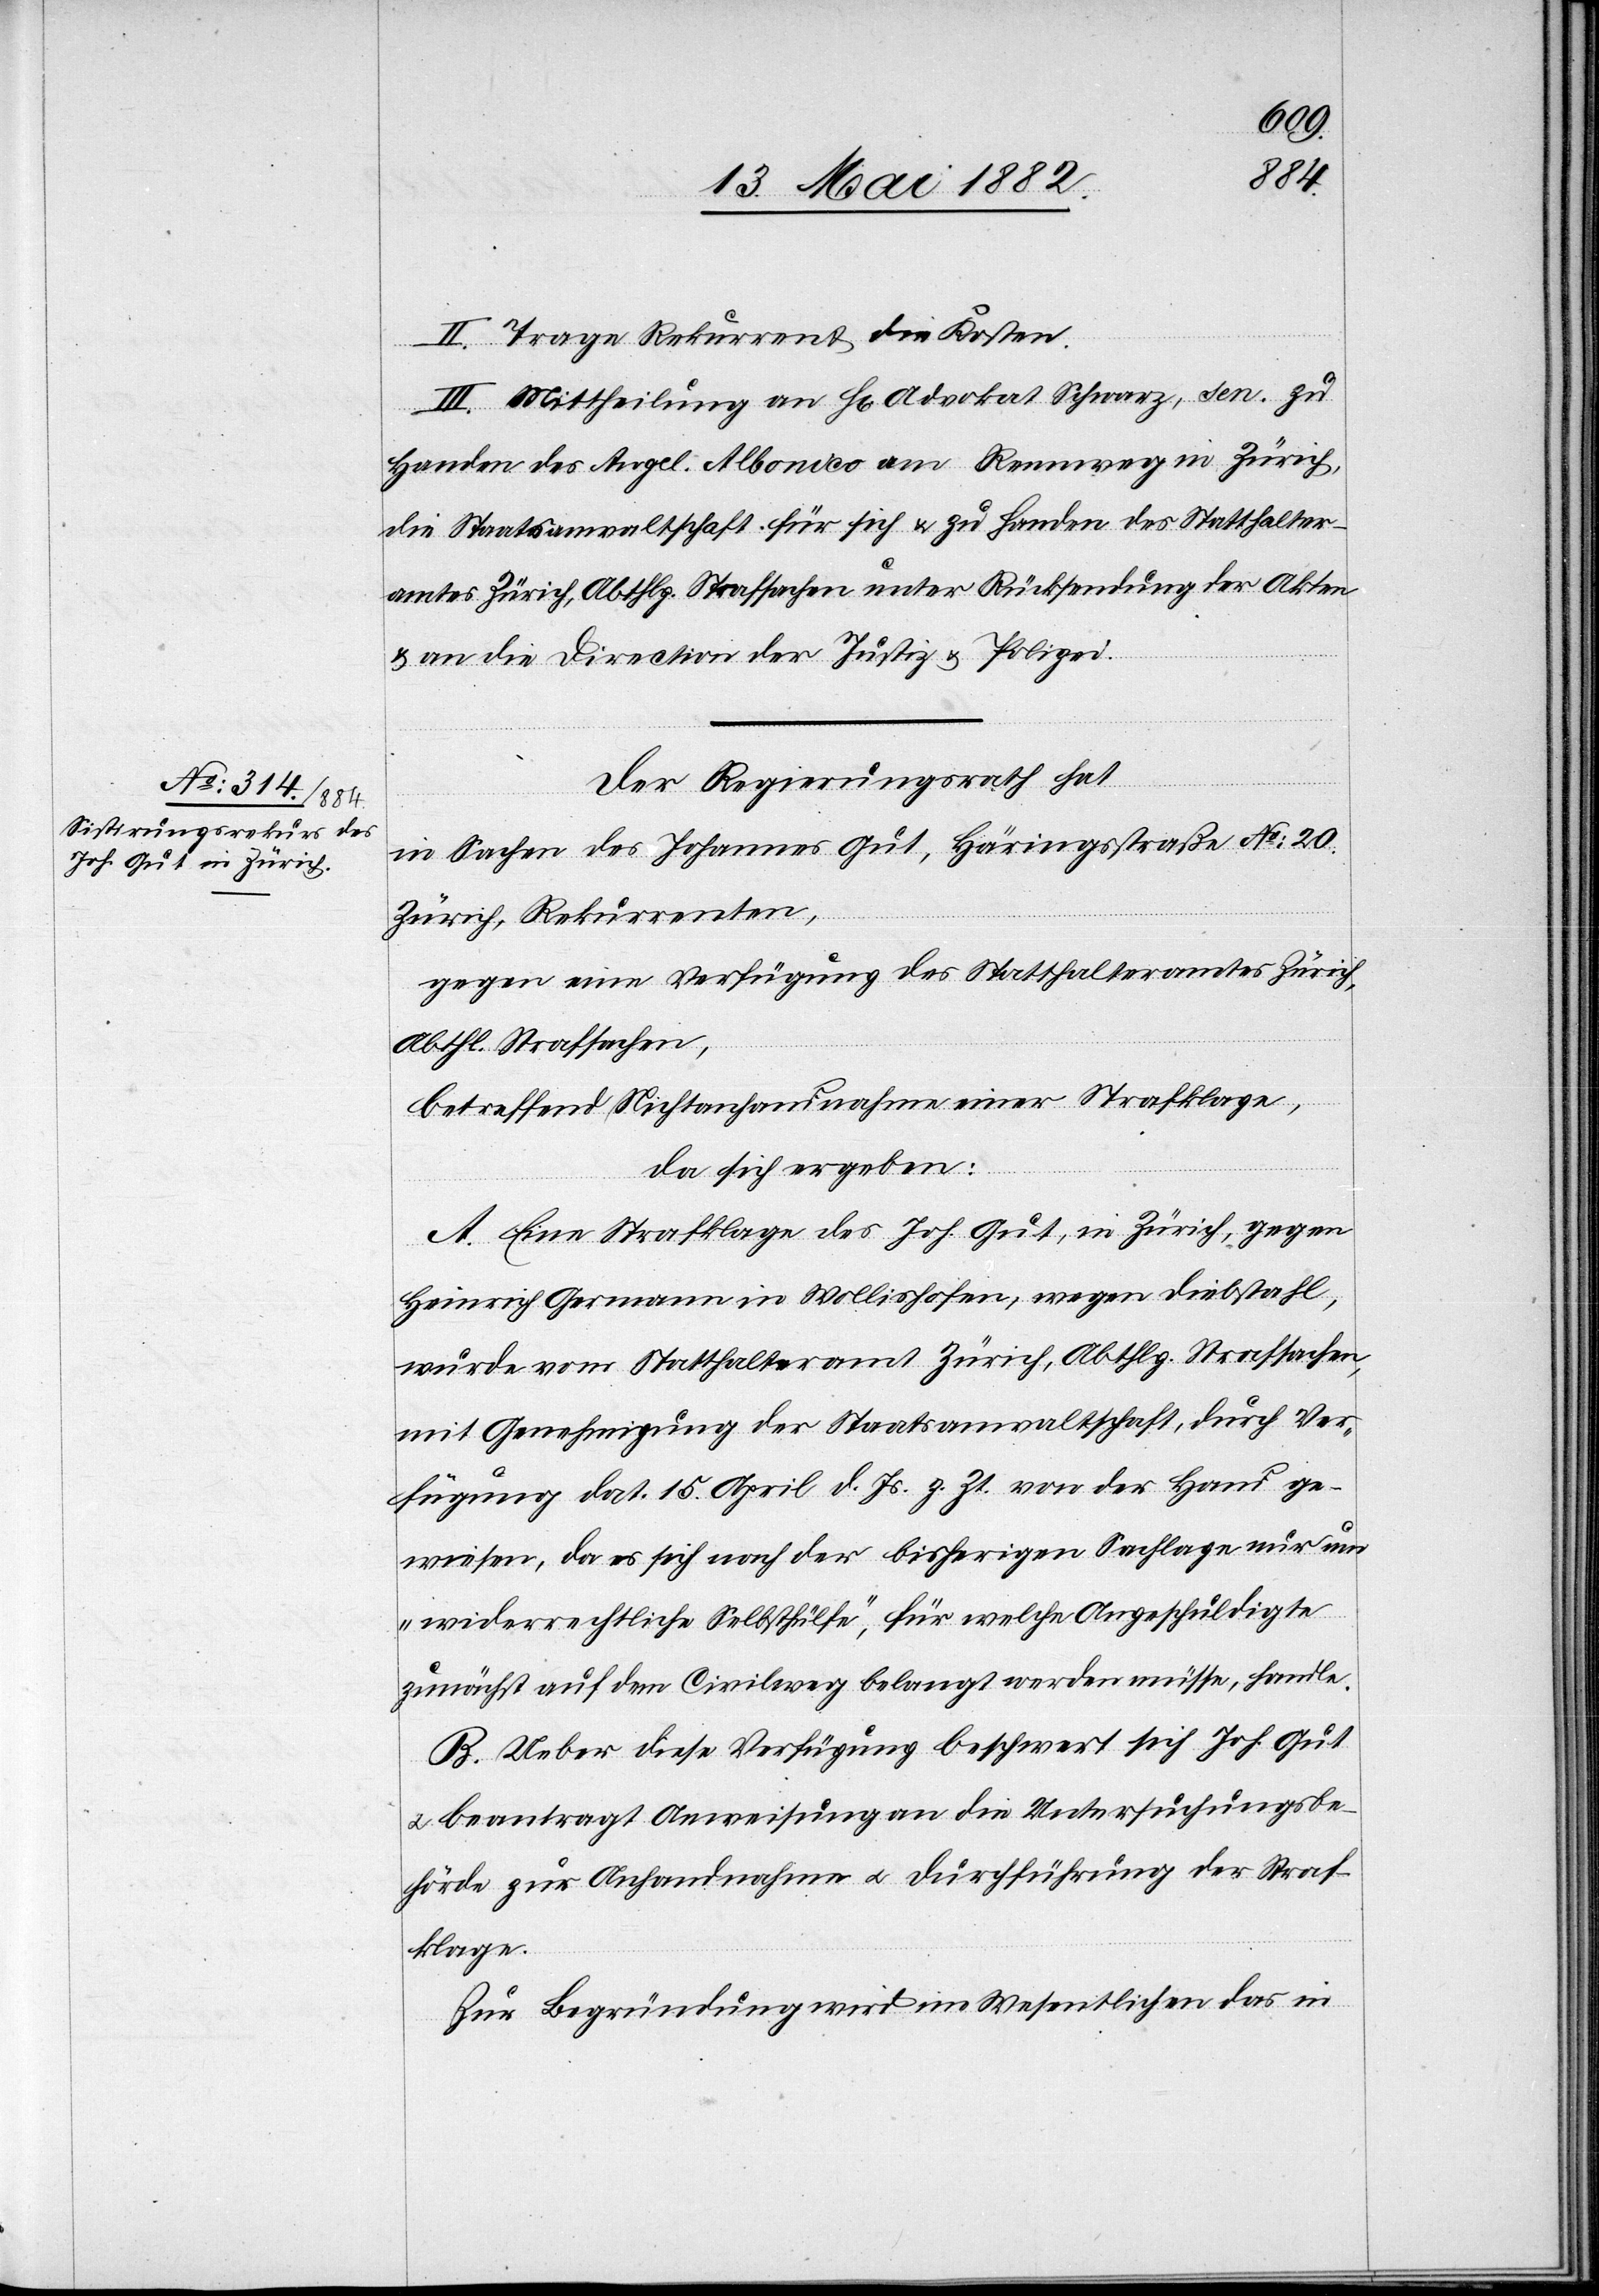
II. Trage Rekurrent die Kosten.
III. Mittheilung an H[rn]. Advokat Schwarz, sen. zu
Handen des Angel. Albonico am Rennweg in Zürich,
die Staatsanwaltschaft für sich & zu Handen des Statthalter¬
amtes Zürich, Abthlg. Strafsachen unter Rücksendung der Akten
& an die Direction der Justiz & Polizei.
Der Regierungsrath hat,
in Sachen des Johannes Gut, Häringstraße No 20,
Zürich, Rekurrenten,
gegen eine Verfügung des Statthalteramtes Zürich,
Abthl. Strafsachen,
betreffend Nichtanhandnahme einer Strafklage,
da sich ergeben:
A. Eine Strafklage des Joh. Gut, in Zürich, gegen
Heinrich Germann in Wollishofen, wegen Diebstahl,
wurde vom Statthalteramt Zürich, Abthlg. Strafsachen,
mit Genehmigung der Staatsanwaltschaft, durch Ver¬
fügung dat. 15. April d. Js. z. Zt. von der Hand ge¬
wiesen, da es sich nach der bisherigen Sachlage nur um
„widerrechtliche Selbsthülfe“, für welche Angeschuldigte
zunächst auf dem Civilweg belangt werden müsse[n], handle.
B. Ueber diese Verfügung beschwert sich Joh. Gut
u. beantragt Anweisung an die Untersuchungsbe¬
hörde zur Aufnahme u. Durchführung der Straf¬
klage.
Zur Begründung wird im Wesentlichen das in